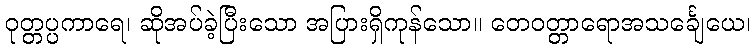
ဝုတ္တပ္ပကာရေ၊ ဆိုအပ်ခဲ့ပြီးသော အပြားရှိကုန်သော။ တေဝတ္တာရောအသင်္ချေယေ၊